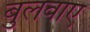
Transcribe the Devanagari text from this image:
बुलवाए